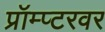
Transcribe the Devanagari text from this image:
प्रॉम्प्टरवर